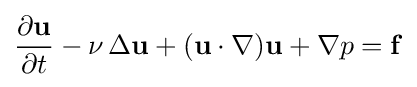
{\frac {\partial \mathbf {u} }{\partial t}}-\nu \,\Delta \mathbf {u} +(\mathbf {u} \cdot \nabla )\mathbf {u} +\nabla p=\mathbf {f}